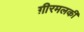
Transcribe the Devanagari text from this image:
ग़ीरमलकी